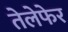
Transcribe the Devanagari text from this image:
तेलेफेर